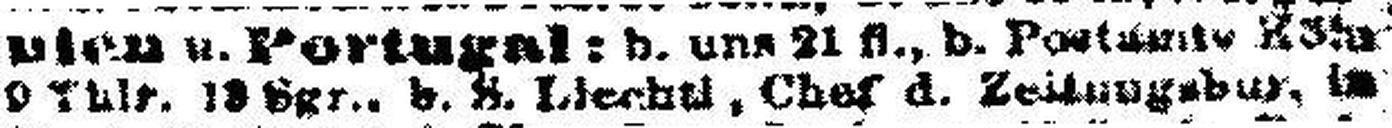
9 Thlr. 18 Sgr., b. S. Liechtl, Chef d. Zeitungsbur. in